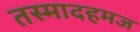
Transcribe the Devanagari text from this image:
तस्मादहमज